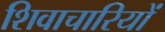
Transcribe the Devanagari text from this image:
शिवाचारियों